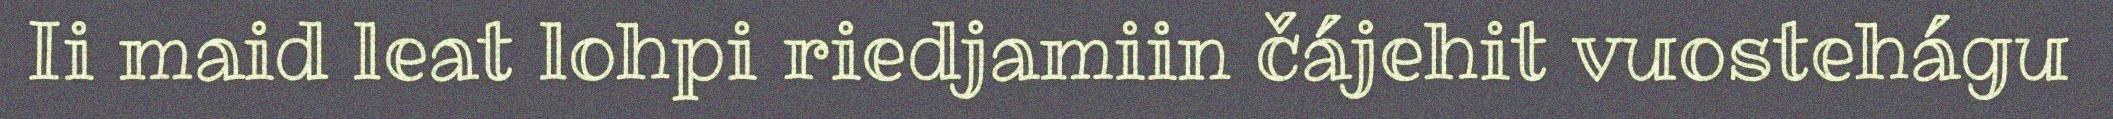
Ii maid leat lohpi riedjamiin čájehit vuostehágu